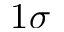
1 \sigma